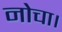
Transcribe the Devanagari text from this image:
नोचा।